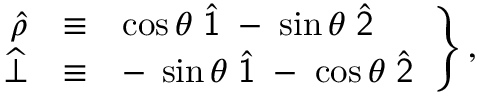
\left. \begin{array} { r c l } { \widehat { \rho } } & { \equiv } & { \cos \theta \; \widehat { \sf 1 } \; - \; \sin \theta \; \widehat { \sf 2 } } \\ { \widehat { \bot } } & { \equiv } & { - \; \sin \theta \; \widehat { \sf 1 } \; - \; \cos \theta \; \widehat { \sf 2 } } \end{array} \right\} ,